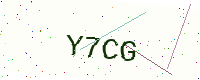
Text: Y7CG